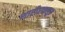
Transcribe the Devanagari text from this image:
शारीरकसूत्र